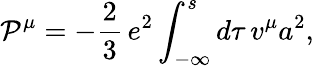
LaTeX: {\cal P}_{{}}^{\mu}=-{{\frac{2}{3}}}\, e^{2}\int_{-\infty}^{s}d\tau\, v^{\mu}a^{2},